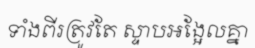
ទាំងពីរត្រូវតែ ស្ទាបអង្អែលគ្នា